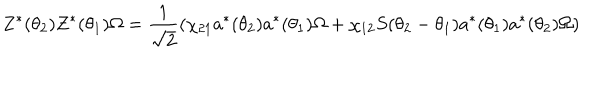
Z ^ { \ast } ( \theta _ { 2 } ) Z ^ { \ast } ( \theta _ { 1 } ) \Omega = \frac { 1 } { \sqrt { 2 } } ( \chi _ { 2 1 } a ^ { \ast } ( \theta _ { 2 } ) a ^ { \ast } ( \theta _ { 1 } ) \Omega + \chi _ { 1 2 } S ( \theta _ { 2 } - \theta _ { 1 } ) a ^ { \ast } ( \theta _ { 1 } ) a ^ { \ast } ( \theta _ { 2 } ) \Omega )